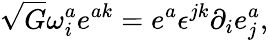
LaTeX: \sqrt{G}\omega_{i}^{a}e^{ak}=e^{a}\epsilon^{jk}\partial_{i}e_{j}^{a},